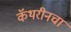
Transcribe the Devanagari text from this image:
कॅथरीनचा